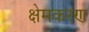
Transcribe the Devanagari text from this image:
क्षेमकरण